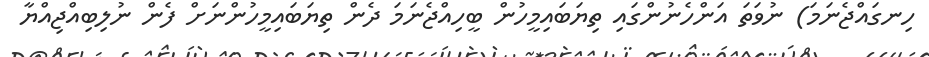
ހިނގައްޖެނަމަ) ނުވަތަ އަންހެނުންގައި ތިޔަބައިމީހުން ބީހިއްޖެނަމަ ދެން ތިޔަބައިމީހުންނަށް ފެން ނުލިބިއްޖިއްޔާ